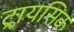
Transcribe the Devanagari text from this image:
ट्रायसिक